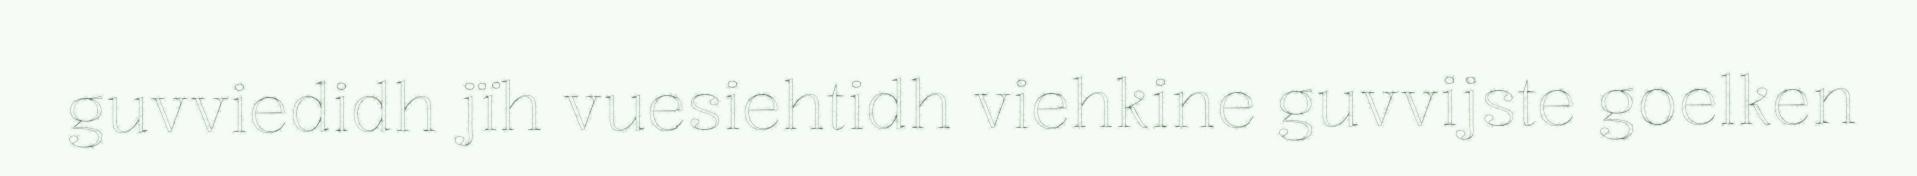
guvviedidh jïh vuesiehtidh viehkine guvvijste goelken